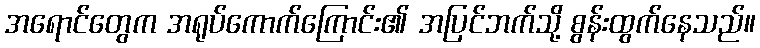
အရောင်တွေက အရုပ်ကောက်ကြောင်း၏ အပြင်ဘက်သို့ စွန်းထွက်နေသည်။